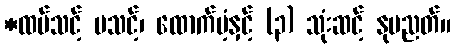
*ထပ်သင့် မသင့်၊ ထောက်ပံ့နှင့် (၃) သုံးဆင့် နုပညတ်။